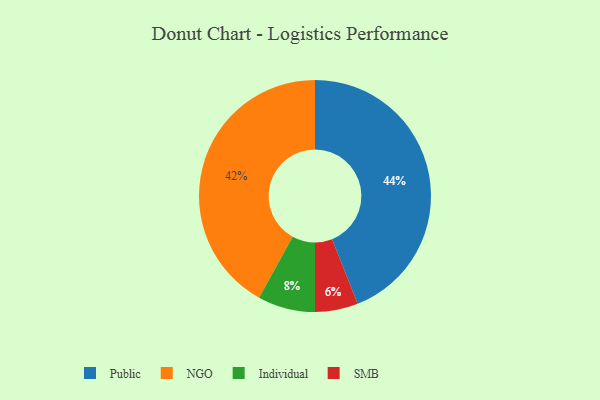
{"axis": {"x": "Category", "y": "Percentage"}, "legend": ["Individual", "NGO", "Public", "SMB"], "data": [{"x": "SMB", "y": 6, "type": "SMB"}, {"x": "Individual", "y": 8, "type": "Individual"}, {"x": "Public", "y": 44, "type": "Public"}, {"x": "NGO", "y": 42, "type": "NGO"}]}